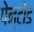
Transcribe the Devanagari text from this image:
पेन्टोड